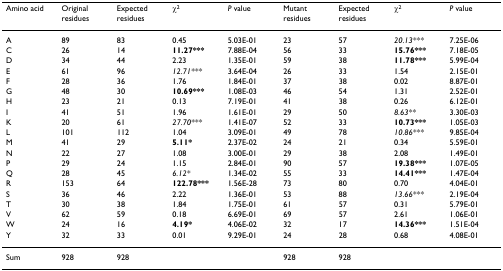
<table><thead><tr><td><b>Amino acid</b></td><td><b>Original residues</b></td><td><b>Expected residues</b></td><td><b>χ<sup>2</sup></b></td><td><b><i>P </i>value</b></td><td><b>Mutant residues</b></td><td><b>Expected residues</b></td><td><b>χ<sup>2</sup></b></td><td><b><i>P </i>value</b></td></tr></thead><tbody><tr><td>A</td><td>89</td><td>83</td><td>0.45</td><td>5.03E-01</td><td>23</td><td>57</td><td><i>20.13***</i></td><td>7.25E-06</td></tr><tr><td>C</td><td>26</td><td>14</td><td><b>11.27***</b></td><td>7.88E-04</td><td>56</td><td>33</td><td><b>15.76***</b></td><td>7.18E-05</td></tr><tr><td>D</td><td>34</td><td>44</td><td>2.23</td><td>1.35E-01</td><td>59</td><td>38</td><td><b>11.78***</b></td><td>5.99E-04</td></tr><tr><td>E</td><td>61</td><td>96</td><td><i>12.71***</i></td><td>3.64E-04</td><td>26</td><td>33</td><td>1.54</td><td>2.15E-01</td></tr><tr><td>F</td><td>28</td><td>36</td><td>1.76</td><td>1.84E-01</td><td>37</td><td>38</td><td>0.02</td><td>8.87E-01</td></tr><tr><td>G</td><td>48</td><td>30</td><td><b>10.69***</b></td><td>1.08E-03</td><td>46</td><td>54</td><td>1.31</td><td>2.52E-01</td></tr><tr><td>H</td><td>23</td><td>21</td><td>0.13</td><td>7.19E-01</td><td>41</td><td>38</td><td>0.26</td><td>6.12E-01</td></tr><tr><td>I</td><td>41</td><td>51</td><td>1.96</td><td>1.61E-01</td><td>29</td><td>50</td><td><i>8.63**</i></td><td>3.30E-03</td></tr><tr><td>K</td><td>20</td><td>61</td><td><i>27.70***</i></td><td>1.41E-07</td><td>52</td><td>33</td><td><b>10.73***</b></td><td>1.05E-03</td></tr><tr><td>L</td><td>101</td><td>112</td><td>1.04</td><td>3.09E-01</td><td>49</td><td>78</td><td><i>10.86***</i></td><td>9.85E-04</td></tr><tr><td>M</td><td>41</td><td>29</td><td><b>5.11*</b></td><td>2.37E-02</td><td>24</td><td>21</td><td>0.34</td><td>5.59E-01</td></tr><tr><td>N</td><td>22</td><td>27</td><td>1.08</td><td>3.00E-01</td><td>29</td><td>38</td><td>2.08</td><td>1.49E-01</td></tr><tr><td>P</td><td>29</td><td>24</td><td>1.15</td><td>2.84E-01</td><td>90</td><td>57</td><td><b>19.38***</b></td><td>1.07E-05</td></tr><tr><td>Q</td><td>28</td><td>45</td><td><i>6.12*</i></td><td>1.34E-02</td><td>55</td><td>33</td><td><b>14.41***</b></td><td>1.47E-04</td></tr><tr><td>R</td><td>153</td><td>64</td><td><b>122.78***</b></td><td>1.56E-28</td><td>73</td><td>80</td><td>0.70</td><td>4.04E-01</td></tr><tr><td>S</td><td>36</td><td>46</td><td>2.22</td><td>1.36E-01</td><td>53</td><td>88</td><td><i>13.66***</i></td><td>2.19E-04</td></tr><tr><td>T</td><td>30</td><td>38</td><td>1.84</td><td>1.75E-01</td><td>61</td><td>57</td><td>0.31</td><td>5.79E-01</td></tr><tr><td>V</td><td>62</td><td>59</td><td>0.18</td><td>6.69E-01</td><td>69</td><td>57</td><td>2.61</td><td>1.06E-01</td></tr><tr><td>W</td><td>24</td><td>16</td><td><b>4.19*</b></td><td>4.06E-02</td><td>32</td><td>17</td><td><b>14.36***</b></td><td>1.51E-04</td></tr><tr><td>Y</td><td>32</td><td>33</td><td>0.01</td><td>9.29E-01</td><td>24</td><td>28</td><td>0.68</td><td>4.08E-01</td></tr><tr><td>Sum</td><td>928</td><td>928</td><td></td><td></td><td>928</td><td>928</td><td></td><td></td></tr></tbody></table>